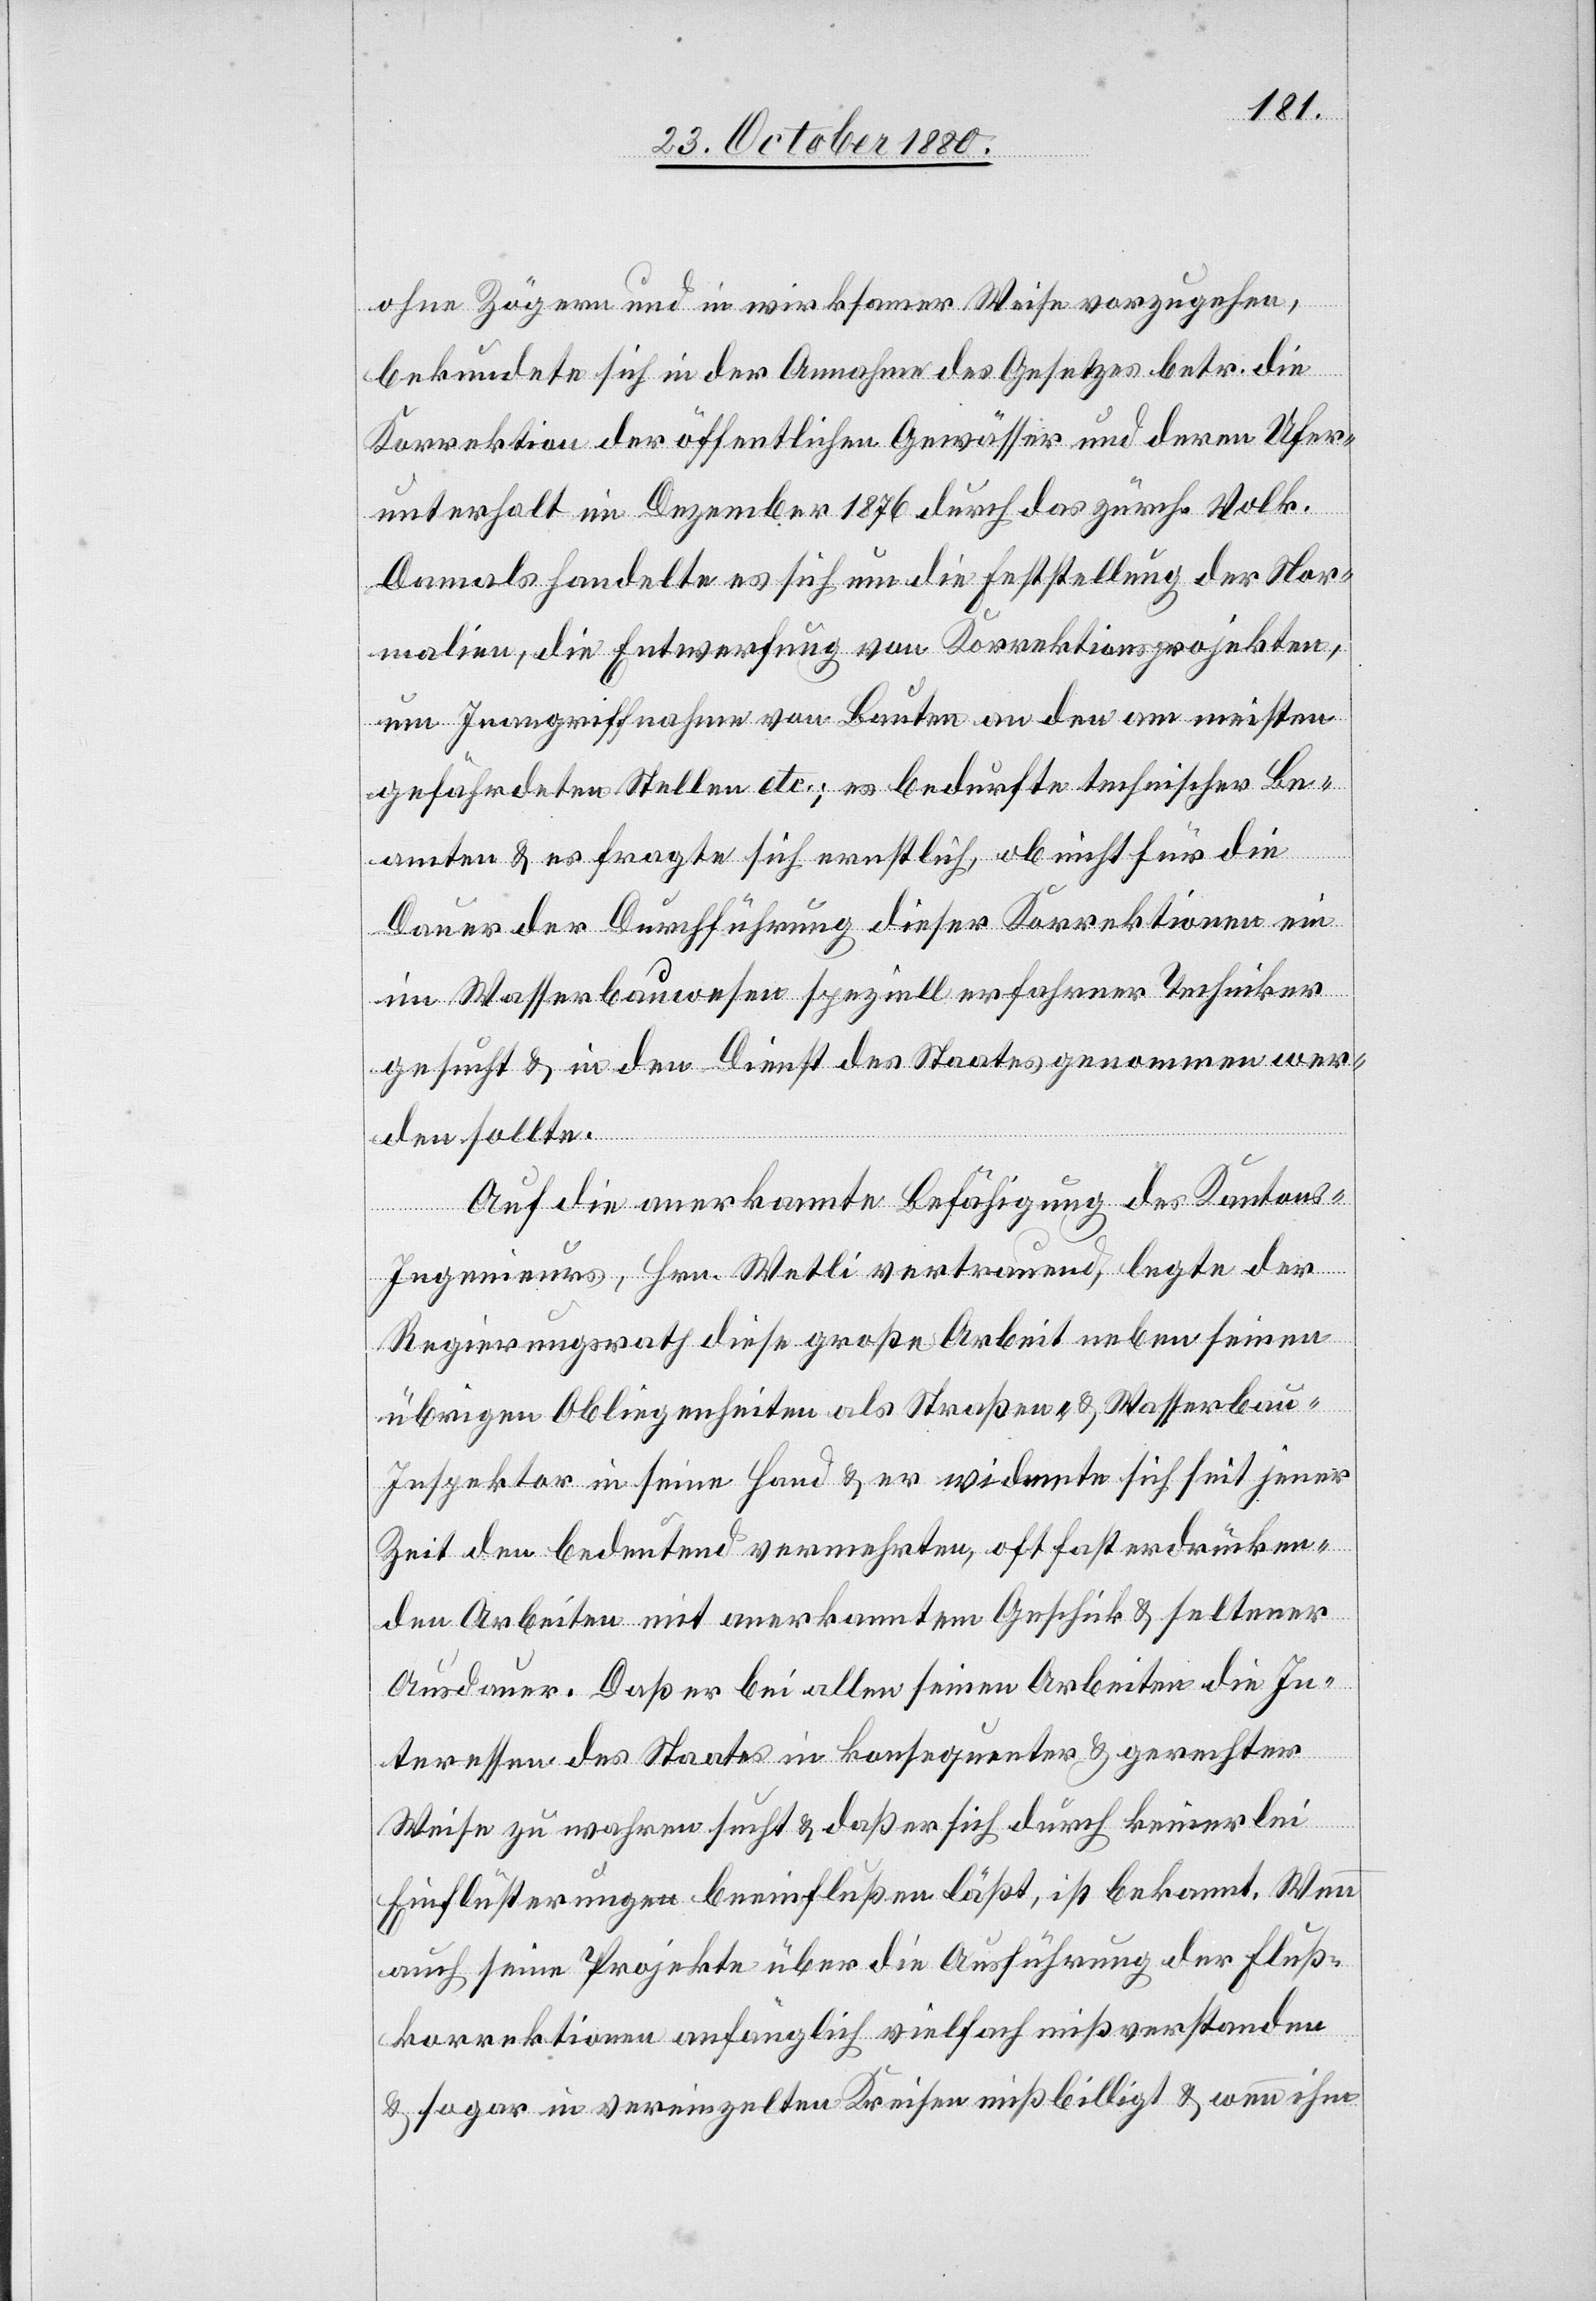
ohne Zögern und in wirksamer Weise vorzugehen,
bekundete sich in der Annahme des Gesetzes betr. die
Korrektion der öffentlichen Gewässer und deren Ufer¬
unterhalt im Dezember 1876 durch das zürch. Volk.
Damals handelte es sich um die Feststellung der Nor¬
malien, die Entwerfung von Korrektionsprojekten,
um Inangriffnahme von Bauten an den am meisten
gefährdeten Stellen etc.; es bedurfte technischer Be¬
amten & es fragte sich ernstlich, ob nicht für die
Dauer der Durchführung dieser Korrektion ein
im Wasserbauwesen speziell erfahrener Techniker
gesucht & in den Dienst des Staates genommen wer¬
den sollte.
Auf die anerkannte Befähigung des Kantons-I¬
ngenieurs, Hrn. Wetli vertrauend, legte der
Regierungsrath diese große Arbeit neben seinen
übrigen Obliegenheiten als Straßen- & Wasserbau-I¬
nspektor in seine Hand & er widmete sich seit jener
Zeit den bedeutend vermehrten, oft fast erdrücken¬
den Arbeiten mit anerkanntem Geschick & seltener
Ausdauer. Daß er bei allen seinen Arbeiten die In¬
teressen des Staates in konsequenter & gerechter
Weise zu wahren sucht & daß er sich durch keinerlei
Einflüsterungen beeinflußen läßt, ist bekannt. Wenn
auch seine Projekte über die Ausführung der Fluß¬
korrektionen anfänglich vielfach mißverstanden
& sogar in vereinzelten Kreisen mißbilligt & wenn ihm